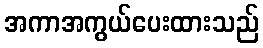
အကာအကွယ်ပေးထားသည်